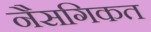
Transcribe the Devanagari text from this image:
नैसगिकत